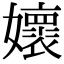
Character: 㜳